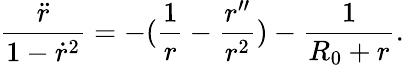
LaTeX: \frac{\ddot{r}}{1-\dot{r}^{2}}=-(\frac{1}{r}-\frac{r^{\prime\prime}}{r^{2}})-\frac{1}{R_{0}+r}.